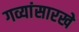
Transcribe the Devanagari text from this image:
गव्यांसारखे